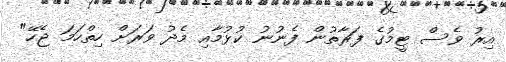
އިރު ވެސް ޓީމުގެ ފަރާތުން ފެނުނު ކުޅުމާއި މެދު ވަރަށް ހިތްހަމަ ޖެހޭ"